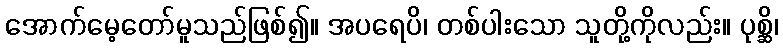
အောက်မေ့တော်မူသည်ဖြစ်၍။ အပရေပိ၊ တစ်ပါးသော သူတို့ကိုလည်း။ ပုစ္ဆိ၊